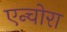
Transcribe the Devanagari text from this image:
एन्चोरा